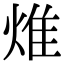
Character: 焳